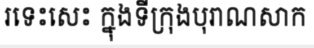
រទេះសេះ ក្នុងទីក្រុងបុរាណសាក